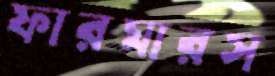
ফারমারস